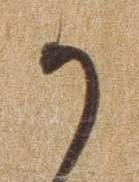
か